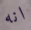
انه